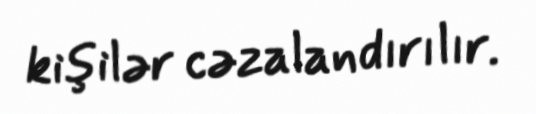
kişilər cəzalandırılır.